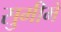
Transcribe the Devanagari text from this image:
सुमीमे